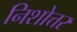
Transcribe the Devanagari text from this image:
निशोत्तर